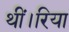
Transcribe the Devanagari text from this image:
थीं।रिया